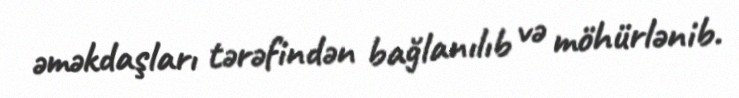
əməkdaşları tərəfindən bağlanılıb və möhürlənib.